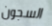
السجون